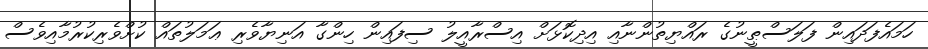
ހަމައެފަދައިން ފަލަސްޠީނުގެ ރައްޔިތުންނާއި އިދިކޮޅަށް އިސްރާއީލު ސިފައިން ހިންގާ އަނިޔާވެރި ޢަމަލުތައް ކުށްވެރިކުރުމާއިވެސް